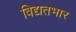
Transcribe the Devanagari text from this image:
विद्यतभार